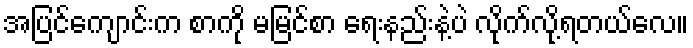
အပြင်ကျောင်းက စာကို မမြင်စာ ရေးနည်းနဲ့ပဲ လိုက်လို့ရတယ်လေ။